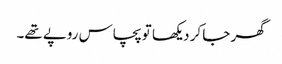
گھر جا کر دیکھا تو پچاس روپے تھے۔